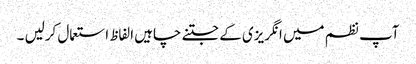
آپ نظم میں انگریزی کے جتنے چاہیں الفاظ استعمال کرلیں ۔